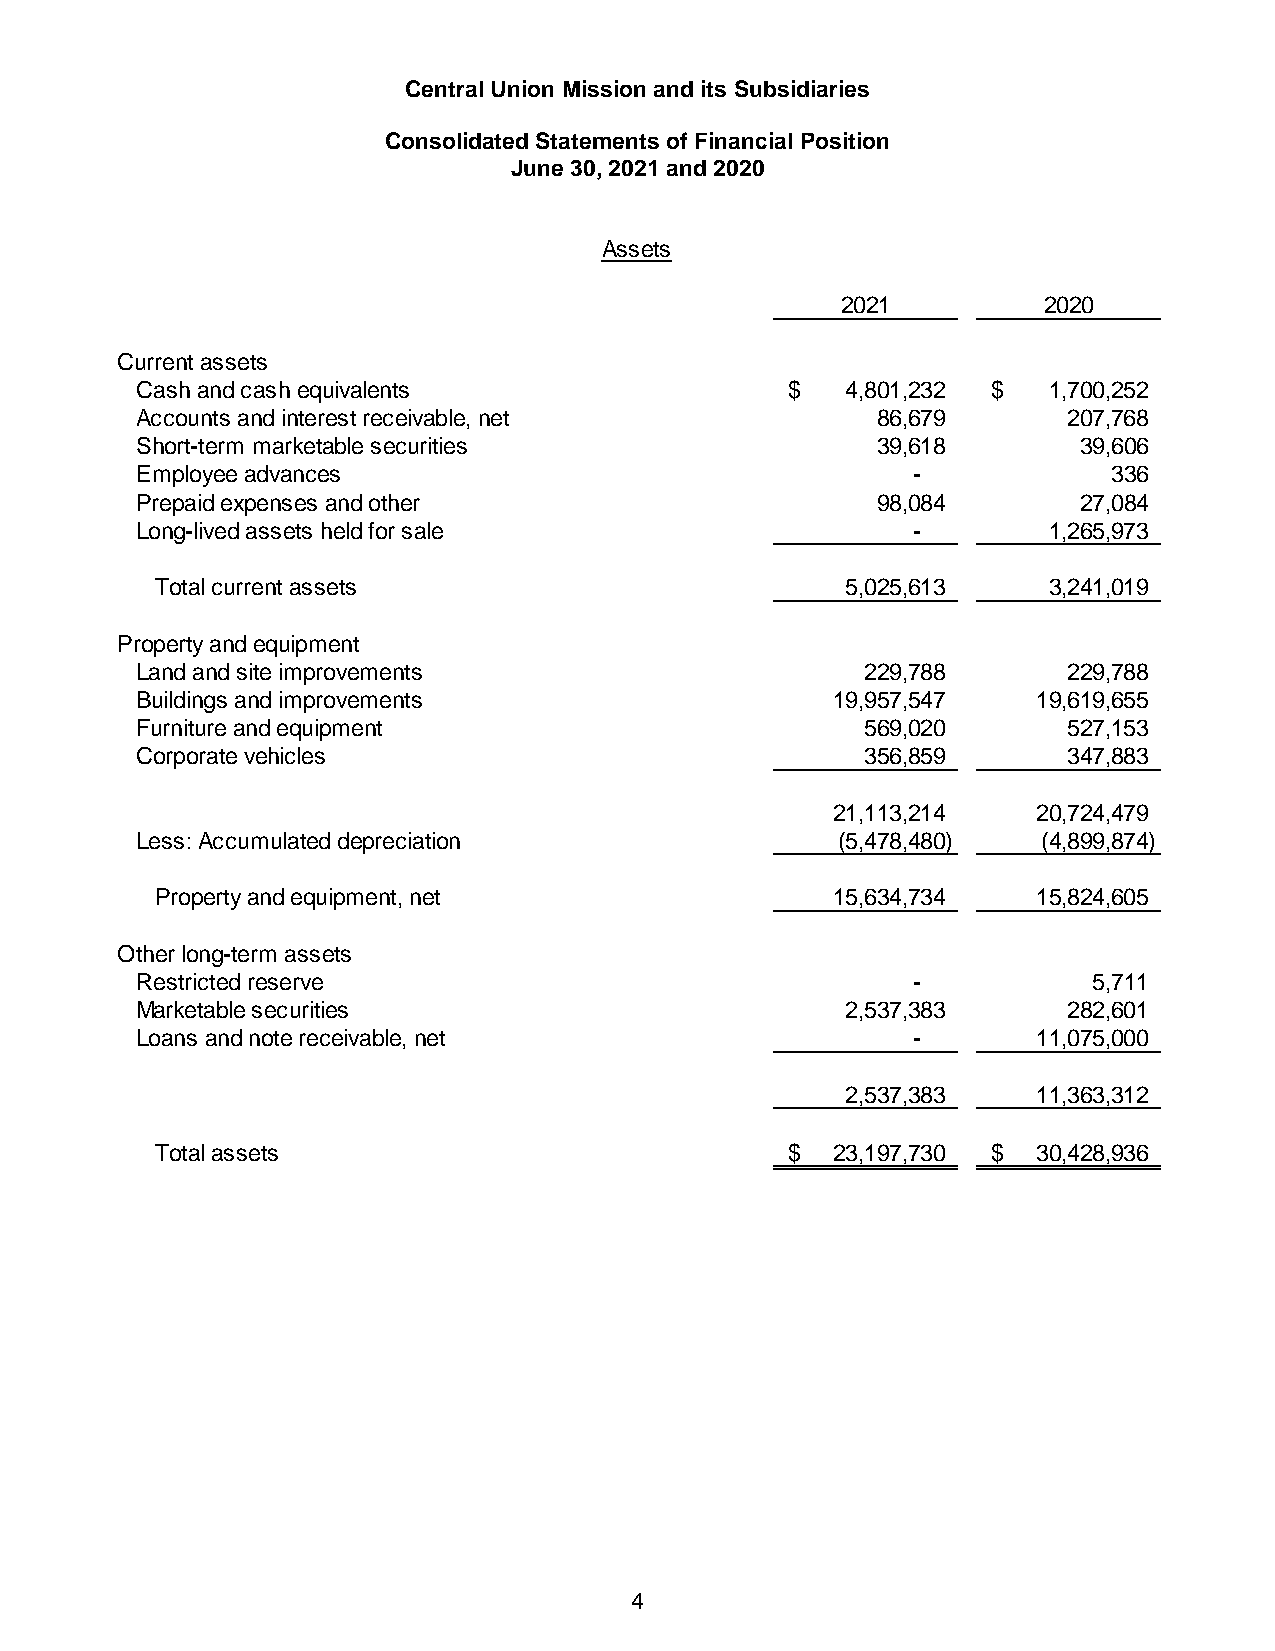
Central Union Mission and its Subsidiaries
 Consolidated Statements of Financial Position
 June 30, 2021 and 2020
 Assets
 2021         2020
 Current assets
 Cash and cash equivalents                  $   4,801,232 $  1,700,252
 Accounts and interest receivable, net            86,679       207,768
 Short-term marketable securities                 39,618       39,606
 Employee advances                                  -             336
 Prepaid expenses and other                       98,084       27,084
 Long-lived assets held for sale                    -        1,265,973
 Total current assets                          5,025,613    3,241,019
 Property and equipment
 Land and site improvements                      229,788       229,788
 Buildings and improvements                    19,957,547    19,619,655
 Furniture and equipment                         569,020       527,153
 Corporate vehicles                              356,859       347,883
 21,113,214    20,724,479
 Less: Accumulated depreciation                ( 5,478,480)  ( 4,899,874)
 Property and equipment, net                  15,634,734    15,824,605
 Other long-term assets
 Restricted reserve                                 -           5,711
 Marketable securities                          2,537,383      282,601
 Loans and note receivable, net                     -        11,075,000
 2,537,383    11,363,312
 Total assets                              $  23,197,730 $  30,428,936
 4